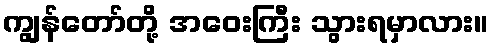
ကျွန်တော်တို့ အဝေးကြီး သွားရမှာလား။